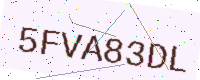
Text: 5FVA83DL